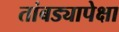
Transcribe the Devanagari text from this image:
तांबड्यापेक्षा